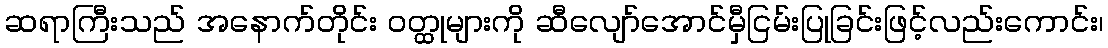
ဆရာကြီးသည် အနောက်တိုင်း ဝတ္ထုများကို ဆီလျော်အောင်မှီငြမ်းပြုခြင်းဖြင့်လည်းကောင်း၊